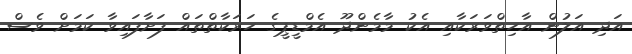
އަދި އަލުން އާހިތްވަރަކާއި އެކު މާމެންދޫ އެމްޑީޕީގެ ހަރަކާތްތައް ފަށާފައިވާ ކަމަށް ވެސް